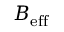
B _ { \mathrm { e f f } }